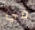
في